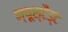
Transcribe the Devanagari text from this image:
न्यूस्टैड्ट